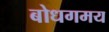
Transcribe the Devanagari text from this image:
बोधगमय